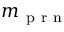
m _ { \mathrm { ~ p ~ r ~ n ~ } }